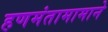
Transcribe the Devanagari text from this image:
हणमंतामामाने